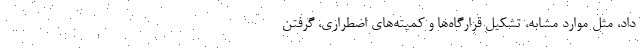
داد، مثل موارد مشابه، تشکیل قرارگاه‌ها و کمیته‌های اضطراری، گرفتن